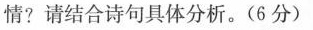
情?请结合诗句具体分析。(6分)